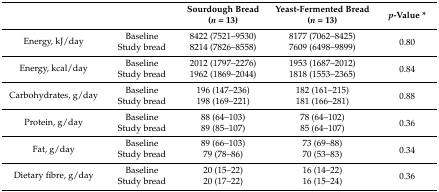
|  |  | Sourdough Bread (n = 13) | Yeast-Fermented Bread (n = 13) | p-Value * |
 | --- | --- | --- | --- | --- |
 | <ROWSPAN=2> Energy, kJ/day | Baseline | 8422 (7521–9530) | 8177 (7062–8425) | <ROWSPAN=2> 0.80 |
 | Study bread | 8214 (7826–8558) | 7609 (6498–9899) |
 | <ROWSPAN=2> Energy, kcal/day | Baseline | 2012 (1797–2276) | 1953 (1687–2012) | <ROWSPAN=2> 0.84 |
 | Study bread | 1962 (1869–2044) | 1818 (1553–2365) |
 | <ROWSPAN=2> Carbohydrates, g/day | Baseline | 196 (147–236) | 182 (161–215) | <ROWSPAN=2> 0.88 |
 | Study bread | 198 (169–221) | 181 (166–281) |
 | <ROWSPAN=2> Protein, g/day | Baseline | 88 (64–103) | 78 (64–102) | <ROWSPAN=2> 0.36 |
 | Study bread | 89 (85–107) | 85 (64–107) |
 | <ROWSPAN=2> Fat, g/day | Baseline | 89 (66–103) | 73 (69–88) | <ROWSPAN=2> 0.34 |
 | Study bread | 79 (78–86) | 70 (53–83) |
 | <ROWSPAN=2> Dietary fibre, g/day | Baseline | 20 (15–22) | 16 (14–22) | <ROWSPAN=2> 0.36 |
 | Study bread | 20 (17–22) | 16 (15–24) |